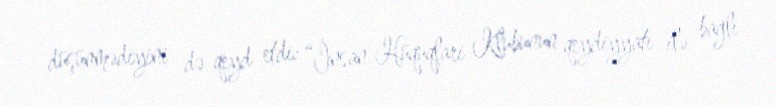
düşünmədiyini də qeyd etdi: “İnsan Hüquqlari Klubunun qeydiyyatı ilə bağlı